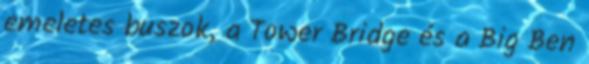
emeletes buszok, a Tower Bridge és a Big Ben